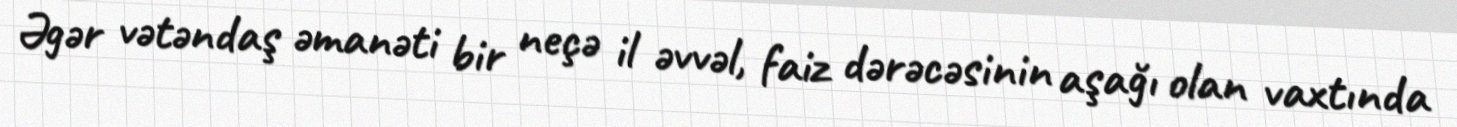
Əgər vətəndaş əmanəti bir neçə il əvvəl, faiz dərəcəsinin aşağı olan vaxtında